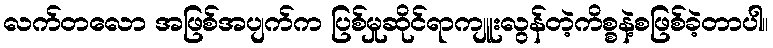
လက်တလော အဖြစ်အပျက်က ပြစ်မှုဆိုင်ရာကျူးလွန်တဲ့ကိစ္စနဲ့စဖြစ်ခဲ့တာပါ။